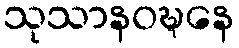
သုသာနဝဍ္ဎနေ